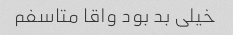
خیلی بد بود واقا متاسفم